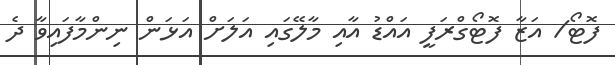
ފޮޓޯ/ އަޒާ ފޮޓޯގްރަފީ އައްޑު އާއި މާލޭގައި އަލަށް އަޅަން ނިންމާފައިވާ ދެ